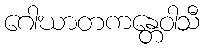
ဂေါဃာတကန္တေဝါသီ